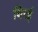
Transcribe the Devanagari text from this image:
थिरई